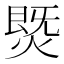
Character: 𰟅